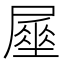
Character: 𡳑